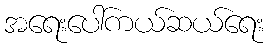
အရေးပေါ်ကယ်ဆယ်ရေး